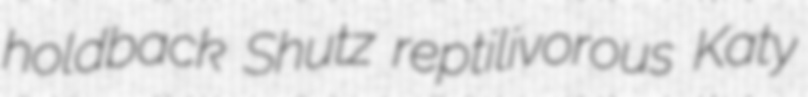
holdback Shutz reptilivorous Katy